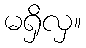
မရှိလှ။